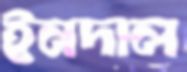
ইনদাল